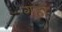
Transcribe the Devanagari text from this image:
गहों